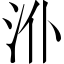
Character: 𱥸